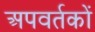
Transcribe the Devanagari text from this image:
अपवर्तकों